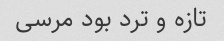
تازه و ترد بود مرسی